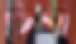
তিসী